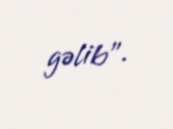
gəlib".